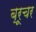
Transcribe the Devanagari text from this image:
ब्रूचर